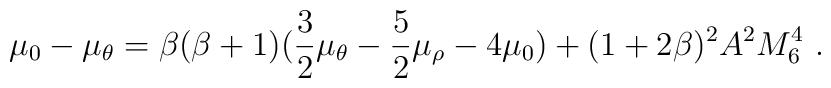
\mu_0 - \mu_\theta=\beta(\beta+1)(\frac{3}{2}\mu_\theta      -\frac{5}{2}\mu_\rho -4\mu_0)      +(1+2\beta)^2 A^2 M_6^4~.